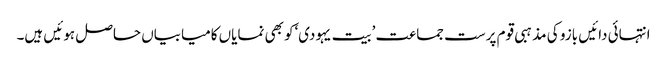
انتہائی دائیں بازو کی مذہبی قوم پرست جماعت ’بیت یہودی‘کو بھی نمایاں کامیابیاں حاصل ہوئیں ہیں۔